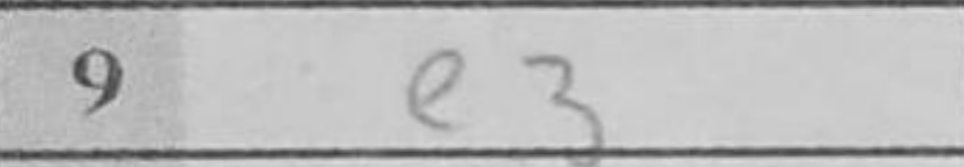
Transcription: e3